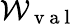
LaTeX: \mathcal{W}_{\mathrm{~v~a~l~}}